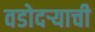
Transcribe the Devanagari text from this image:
वडोदऱ्याची